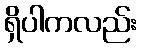
ရှိပါကလည်း